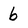
Character: 6